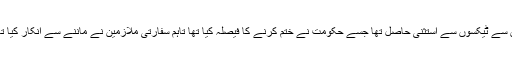
واضح رہے کہ اسرائیل میں دوسرے ممالک میں تعینات سفارتی عملے کو کئی برسوں سے ٹیکسوں سے استثنیٰ حاصل تھا جسے حکومت نے ختم کرنے کا فیصلہ کیا تھا تاہم سفارتی ملازمین نے ماننے سے انکار کیا تھا جس پر وزارت خزانہ اور وزارت خارجہ کے درمیان ایک معاہدہ بھی طے پایا تھا۔